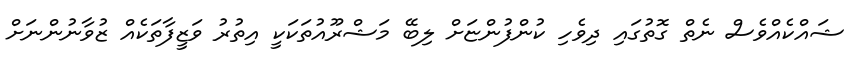
ޝައްކެއްވެސް ނެތް ގޮތުގައި ދިވެހި ކުންފުންޏަށް ލިބޭ މަޝްރޫއުތަކަކީ އިތުރު ވަޒީފާތަކެއް ޒުވާނުންނަށް